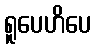
ရူပေဟိပေ